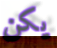
يكن